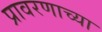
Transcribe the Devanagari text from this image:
प्रावरणाच्या